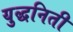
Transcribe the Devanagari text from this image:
युद्धनिती